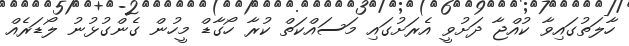
ހާލަތުގައިވާ ކުއްޖާ ދަށުވީ އެރަށުގައި މަސައްކަތް ކުރާ ހޯގާޑް މީހުން ގެންގުޅުނު ލޯޑަރެއް